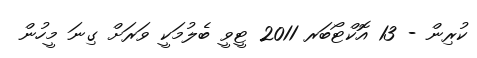
ކުރިން - 13 އޮކްޓޯބަރ 2011 ޓީވީ ބެލުމަކީ ވަރަށް ގިނަ މީހުން